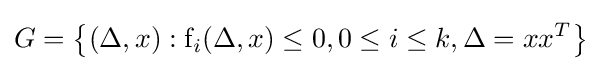
G=\left\{(\Delta ,x):{\rm {f}}_{i}(\Delta ,x)\leq 0,0\leq i\leq k,\Delta =xx^{T}\right\}